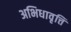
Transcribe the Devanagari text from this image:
अभिधावृत्ति